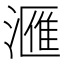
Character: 𣾀